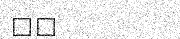
٤٦